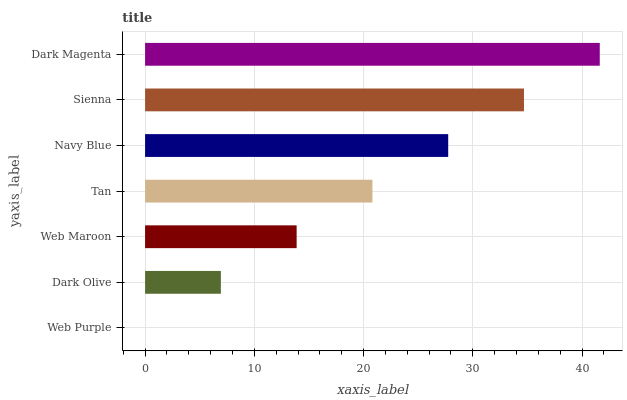
| yaxis_label | bars |
 | --- | --- |
 | Web Purple | 0 |
 | Dark Olive | 6.94 |
 | Web Maroon | 13.9 |
 | Tan | 20.8 |
 | Navy Blue | 27.7 |
 | Sienna | 34.7 |
 | Dark Magenta | 41.6 |